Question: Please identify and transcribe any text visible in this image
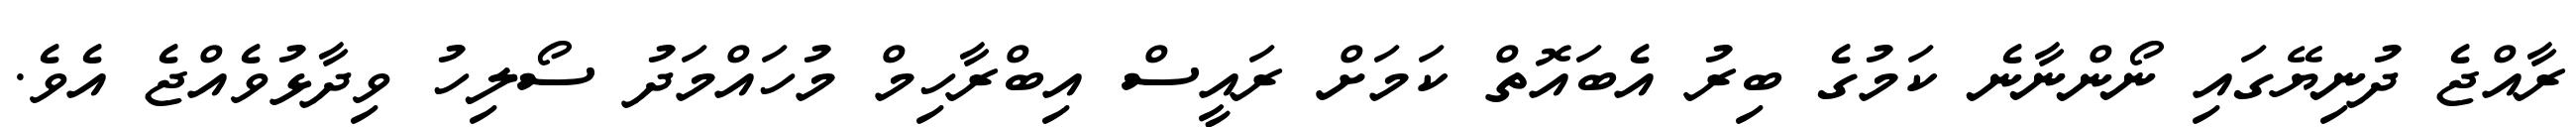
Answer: ރާއްޖެ ދުނިޔޭގައި ނޯންނާނެ ކަމުގެ ބިރު އެބައޮތް ކަމަށް ރައީސް އިބްރާހިމް މުހައްމަދު ސޯލިހު ވިދާޅުވެއްޖެ އެވެ.